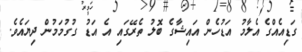
ގަޑިއެއްގެ އެލާމު އަޑުހެން އައިޝާގެ ބޮލު ތެރޭގައި އެ އަޑު ގުގުމަމުން ދިޔައެވެ.